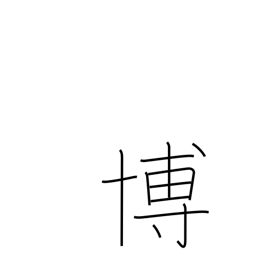
Meaning: win acclaim